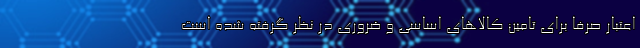
اعتبار صرفا برای تامین کالاهای اساسی و ضروری در نظر گرفته شده است